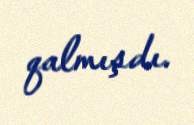
qalmışdı.